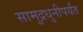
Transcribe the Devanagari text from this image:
सामुद्रधुनीपर्यंत